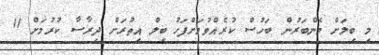
މި ބިލަށް މެންބަރުން ބަހުސް ކުރެއްވުމަށްފަހު ބިލް އިތުރަށް ދިރާސާ ކުރުމަށް 11